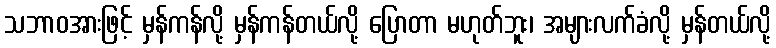
သဘာဝအားဖြင့် မှန်ကန်လို့ မှန်ကန်တယ်လို့ ပြောတာ မဟုတ်ဘူး၊ အများလက်ခံလို့ မှန်တယ်လို့